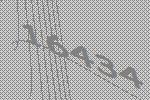
16434